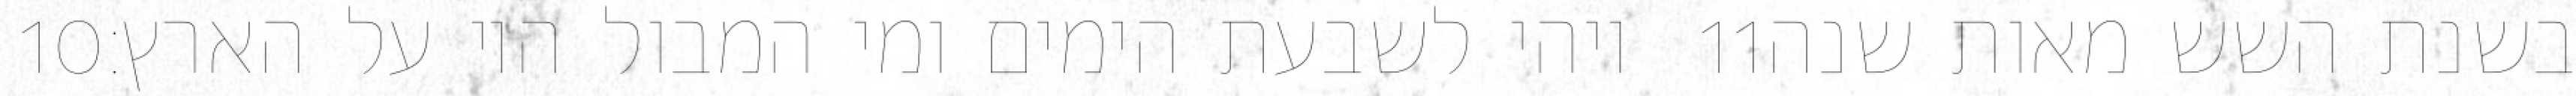
‎10‏ ויהי לשבעת הימים ומי המבול היו על הארץ׃ ‎11‏ בשנת השש מאות שנה